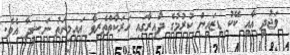
ވަޖުދީ އާއި ކޭކު ޑިޒައިން ކުރުމުގެ ދާއިރާގައި ހަރަކާތްތެރިވާ އައިމިނަތު ނަޝީދާ އެވެ.